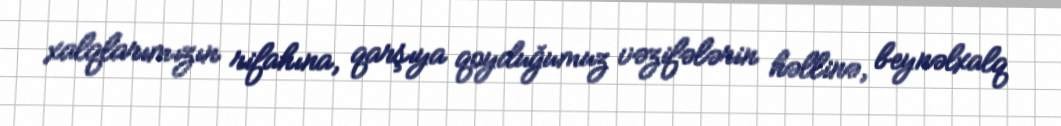
xalqlarımızın rifahına, qarşıya qoyduğumuz vəzifələrin həllinə, beynəlxalq